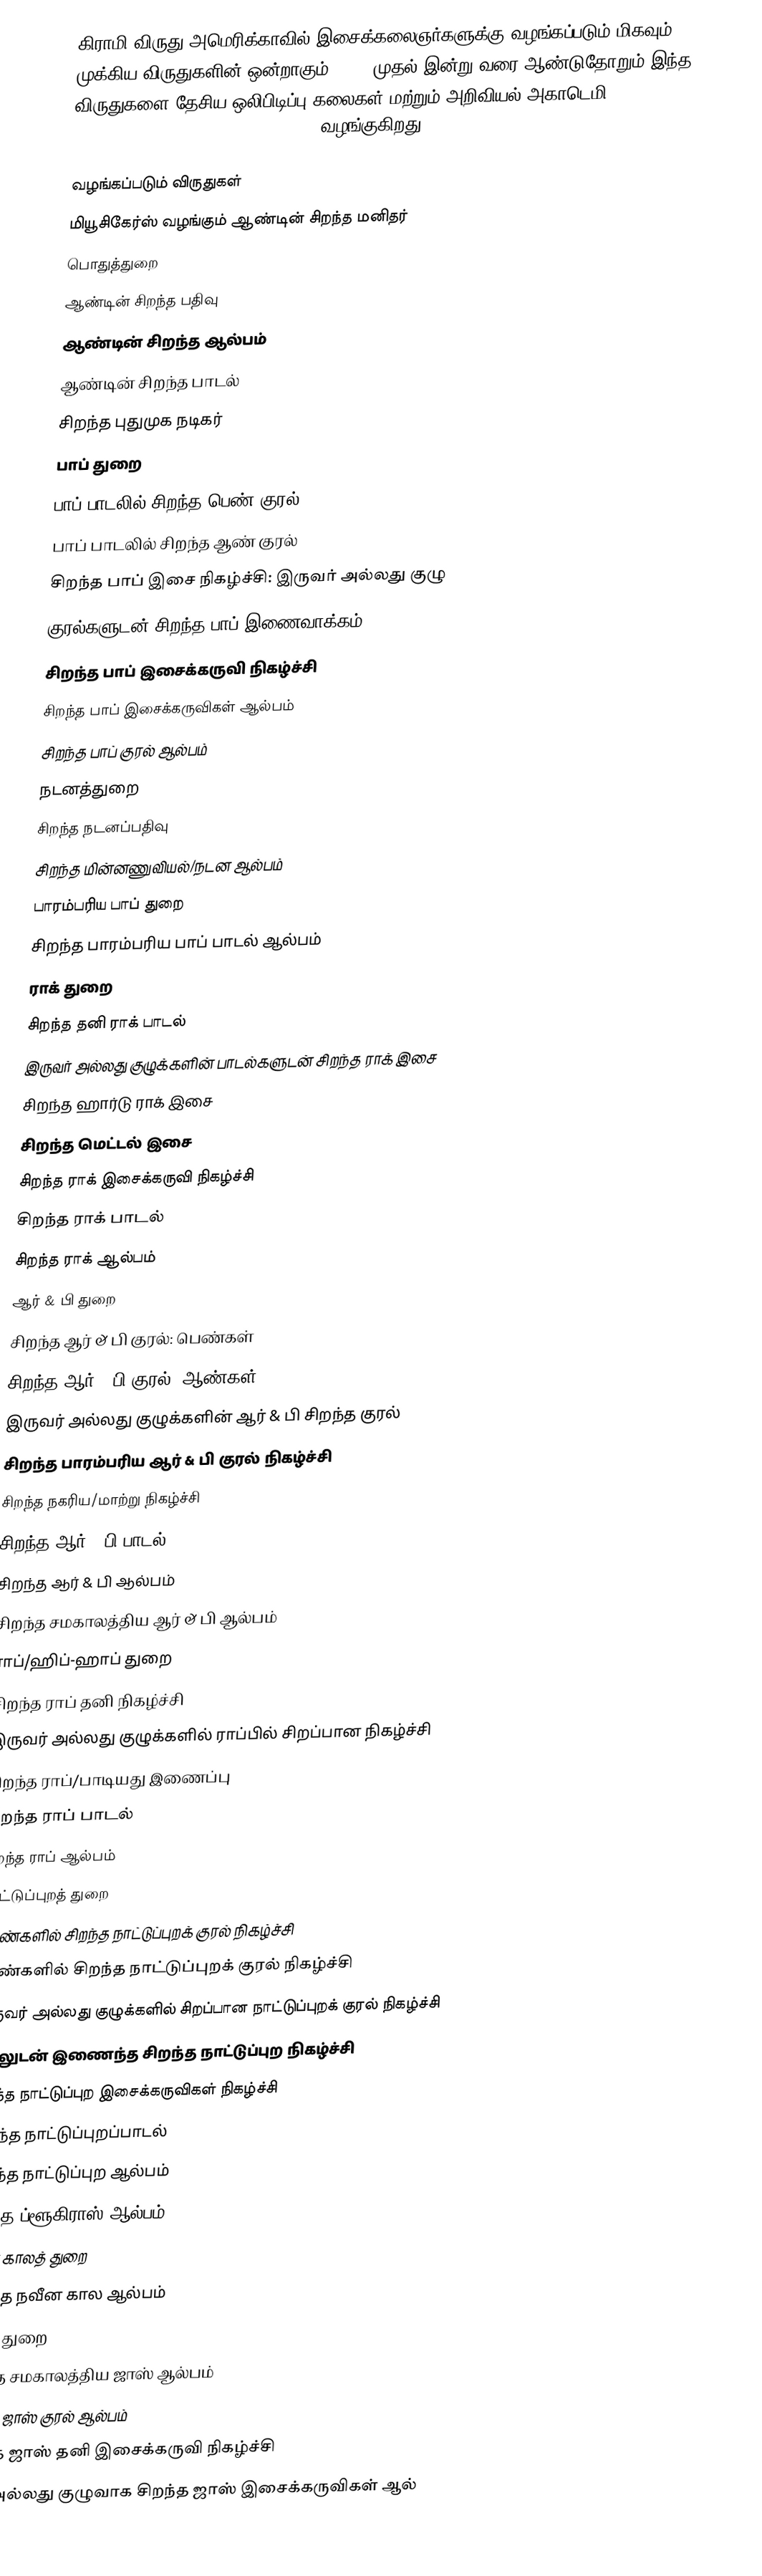
கிராமி விருது அமெரிக்காவில் இசைக்கலைஞர்களுக்கு வழங்கப்படும் மிகவும் முக்கிய விருதுகளின் ஒன்றாகும். 1951 முதல் இன்று வரை ஆண்டுதோறும் இந்த விருதுகளை தேசிய ஒலிபிடிப்பு கலைகள் மற்றும் அறிவியல் அகாடெமி (National Academy of Recording Arts & Sciences) வழங்குகிறது.

வழங்கப்படும் விருதுகள்
மியூசிகேர்ஸ் வழங்கும் ஆண்டின் சிறந்த மனிதர்
பொதுத்துறை
ஆண்டின் சிறந்த பதிவு
ஆண்டின் சிறந்த ஆல்பம்
ஆண்டின் சிறந்த பாடல்
சிறந்த புதுமுக நடிகர்
பாப் துறை
 பாப் பாடலில் சிறந்த பெண் குரல்
 பாப் பாடலில் சிறந்த ஆண் குரல்
 சிறந்த பாப் இசை நிகழ்ச்சி: இருவர் அல்லது குழு
 குரல்களுடன் சிறந்த பாப் இணைவாக்கம்
 சிறந்த பாப் இசைக்கருவி நிகழ்ச்சி
 சிறந்த பாப் இசைக்கருவிகள் ஆல்பம்
 சிறந்த பாப் குரல் ஆல்பம்
 நடனத்துறை
 சிறந்த நடனப்பதிவு
 சிறந்த மின்னணுவியல்/நடன ஆல்பம்
 பாரம்பரிய பாப் துறை
 சிறந்த பாரம்பரிய பாப் பாடல் ஆல்பம்
 ராக் துறை
 சிறந்த தனி ராக் பாடல்
 இருவர் அல்லது குழுக்களின் பாடல்களுடன் சிறந்த ராக் இசை
 சிறந்த ஹார்டு ராக் இசை
 சிறந்த மெட்டல் இசை
 சிறந்த ராக் இசைக்கருவி நிகழ்ச்சி
 சிறந்த ராக் பாடல்
 சிறந்த ராக் ஆல்பம்
 ஆர் & பி துறை
 சிறந்த ஆர் & பி குரல்: பெண்கள்
 சிறந்த ஆர் & பி குரல்: ஆண்கள்
 இருவர் அல்லது குழுக்களின் ஆர் & பி சிறந்த குரல்
 சிறந்த பாரம்பரிய ஆர் & பி குரல் நிகழ்ச்சி
 சிறந்த நகரிய/மாற்று நிகழ்ச்சி
 சிறந்த ஆர் & பி பாடல்
 சிறந்த ஆர் & பி ஆல்பம்
 சிறந்த சமகாலத்திய ஆர் & பி ஆல்பம்
 ராப்/ஹிப்-ஹாப் துறை
 சிறந்த ராப் தனி நிகழ்ச்சி
 இருவர் அல்லது குழுக்களில் ராப்பில் சிறப்பான நிகழ்ச்சி
 சிறந்த ராப்/பாடியது இணைப்பு
 சிறந்த ராப் பாடல்
 சிறந்த ராப் ஆல்பம்
 நாட்டுப்புறத் துறை
 பெண்களில் சிறந்த நாட்டுப்புறக் குரல் நிகழ்ச்சி
 ஆண்களில் சிறந்த நாட்டுப்புறக் குரல் நிகழ்ச்சி
 இருவர் அல்லது குழுக்களில் சிறப்பான நாட்டுப்புறக் குரல் நிகழ்ச்சி
 குரலுடன் இணைந்த சிறந்த நாட்டுப்புற நிகழ்ச்சி
 சிறந்த நாட்டுப்புற இசைக்கருவிகள் நிகழ்ச்சி
 சிறந்த நாட்டுப்புறப்பாடல்
 சிறந்த நாட்டுப்புற ஆல்பம்
 சிறந்த ப்ளூகிராஸ் ஆல்பம்
 நவீன காலத் துறை
 சிறந்த நவீன கால ஆல்பம்
 ஜாஸ் துறை
 சிறந்த சமகாலத்திய ஜாஸ் ஆல்பம்
 சிறந்த ஜாஸ் குரல் ஆல்பம்
 சிறந்த ஜாஸ் தனி இசைக்கருவி நிகழ்ச்சி
 தனி அல்லது குழுவாக சிறந்த ஜாஸ் இசைக்கருவிகள் ஆல்